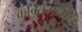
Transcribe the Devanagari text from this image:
कवितेमधील